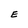
Character: E